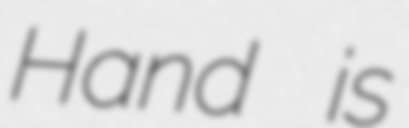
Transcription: Hand is